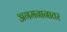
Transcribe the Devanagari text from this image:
अगमनानातर